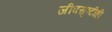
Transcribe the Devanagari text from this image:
जीवसृष्टीही